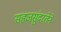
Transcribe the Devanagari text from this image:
सहजसुंदरतेने